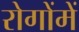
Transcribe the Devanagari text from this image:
रोगोंमें